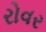
રોવર